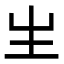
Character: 𤯓